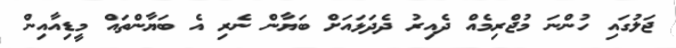
ޖަލުގައި ހުންނަ މުޖްރިމެއް ދެއިރު ދެދަޅައަށް ބަޔާން ނެރި އެ ބަޔާންތައް މީޑިއާއިން